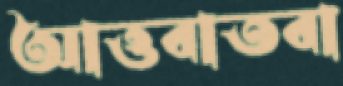
আত্তবাতবা